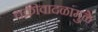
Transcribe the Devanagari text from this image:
चक्रीवादळांमुळे